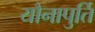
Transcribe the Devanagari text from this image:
यौनापुर्ति